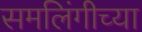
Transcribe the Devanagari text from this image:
समलिंगीच्या